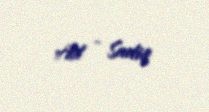
Ad - Sadiq